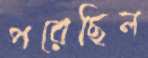
পরেছিল